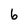
Character: 6